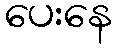
ပေးနေ